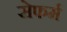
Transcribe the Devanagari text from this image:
सेफर्म